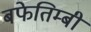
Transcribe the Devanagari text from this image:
बफेतिम्बी